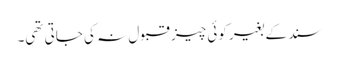
سند کے بغیر کوئی چیز قبول نہ کی جاتی تھی۔